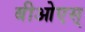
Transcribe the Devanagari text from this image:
बीओएस्